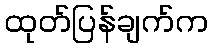
ထုတ်ပြန်ချက်က